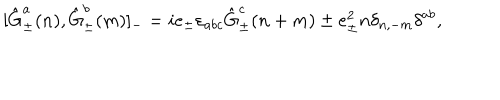
[ \hat { \mathrm { G } } _ { \pm } ^ { a } ( n ) , \hat { \mathrm { G } } _ { \pm } ^ { b } ( m ) ] _ { - } = i e _ { \pm } { \varepsilon } _ { a b c } \hat { \mathrm { G } } _ { \pm } ^ { c } ( n + m ) \pm e _ { \pm } ^ { 2 } n \delta _ { n , - m } \delta ^ { a b } , \,